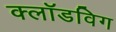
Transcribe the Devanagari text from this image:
क्लॉडविग